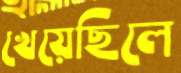
খেয়েছিলে